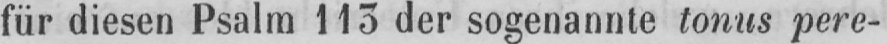
für diesen Psalm 113 der sogenannte tonus pere-